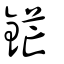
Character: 鋩